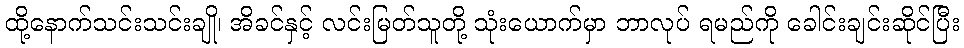
ထို့နောက်သင်းသင်းချို၊ အိခင်နှင့် လင်းမြတ်သူတို့ သုံးယောက်မှာ ဘာလုပ် ရမည်ကို ခေါင်းချင်းဆိုင်ပြီး